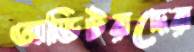
অডিটরদের